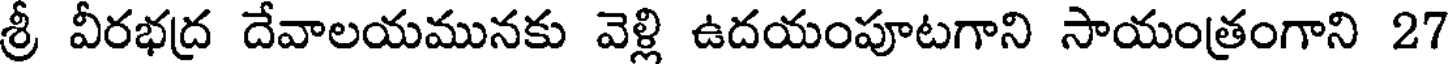
శ్రీ వీరభద్ర దేవాలయమునకు వెళ్లి ఉదయంపూటగాని సాయంత్రంగాని 27